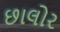
છાલોર